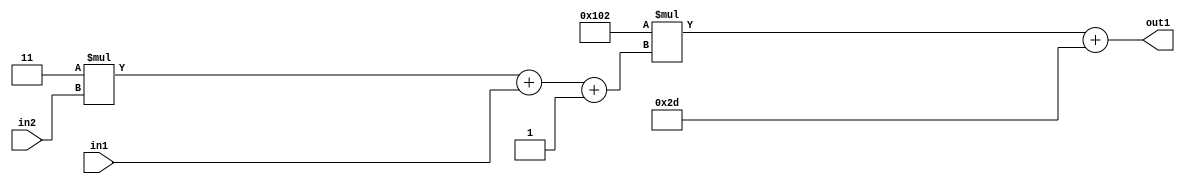
`timescale 1ps / 1ps
/*****************************************************************************
    Verilog RTL Description
    
    
    Created by: Stratus DpOpt 2019.1.01 
*******************************************************************************/

module DC_Filter_Add2i45Mul2i258Add3i1u1Mul2i3u2_1 (
	in2,
	in1,
	out1
	); /* architecture "behavioural" */ 
input [1:0] in2;
input  in1;
output [11:0] out1;
wire [11:0] asc001;
wire [3:0] asc002;

wire [3:0] asc002_tmp_0;
wire [3:0] asc002_tmp_1;
assign asc002_tmp_1 = 
	+(4'B0011 * in2);
assign asc002_tmp_0 = asc002_tmp_1
	+(in1);
assign asc002 = asc002_tmp_0
	+(4'B0001);

wire [11:0] asc001_tmp_2;
assign asc001_tmp_2 = 
	+(12'B000100000010 * asc002);
assign asc001 = asc001_tmp_2
	+(12'B000000101101);

assign out1 = asc001;
endmodule

/* CADENCE  vrPzTAs= : u9/ySgnWtBlWxVPRXgAZ4Og= ** DO NOT EDIT THIS LINE ******/